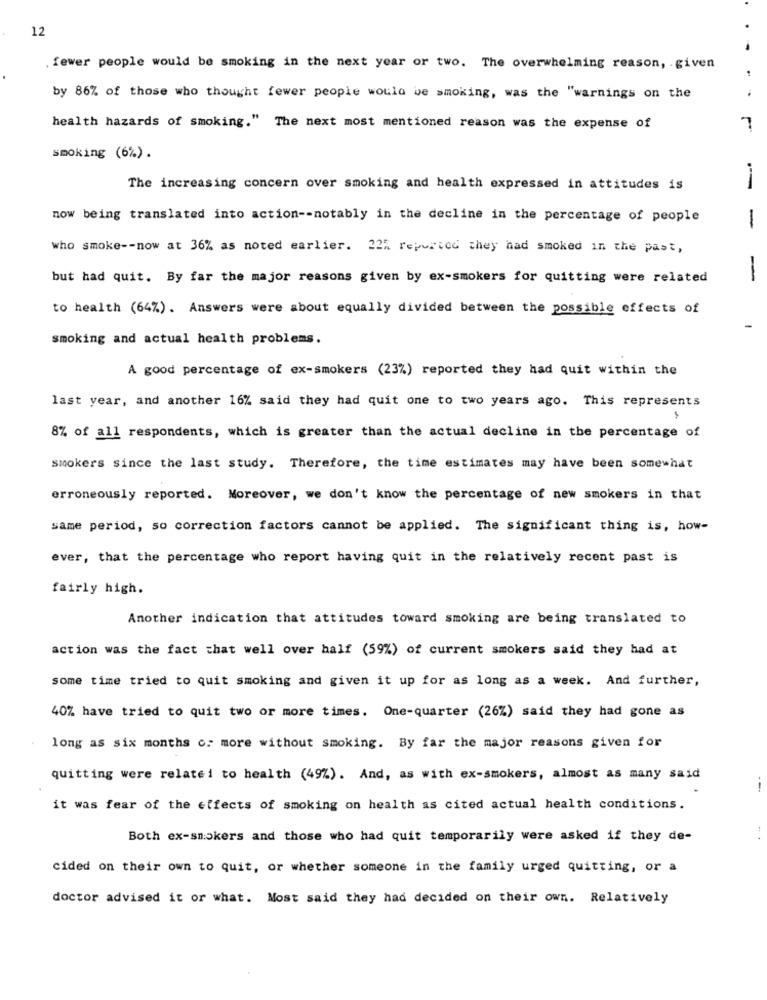
12
. fewer people would be smoking in the next year or two. The overwhelming reason, . given
by 86% of those who thought fewer people would be smoking, was the "warnings on the
health hazards of smoking." The next most mentioned reason was the expense of
7
smoking (6%).
The increasing concern over smoking and health expressed in attitudes is
now being translated into action -- notably in the decline in the percentage of people
-
who smoke -- now at 36% as noted earlier. 22% reported they had smoked in the past,
but had quit. By far the major reasons given by ex-smokers for quitting were related
-
to health (64%). Answers were about equally divided between the possible effects of
smoking and actual health problems.
A good percentage of ex-smokers (23%) reported they had quit within the
last year, and another 16% said they had quit one to two years ago. This represents
8% of all respondents, which is greater than the actual decline in the percentage of
smokers since the last study. Therefore, the time estimates may have been somewhat
erroneously reported. Moreover, we don't know the percentage of new smokers in that
same period, so correction factors cannot be applied. The significant thing is, how-
ever, that the percentage who report having quit in the relatively recent past is
fairly high.
Another indication that attitudes toward smoking are being translated to
action was the fact that well over half (59%) of current smokers said they had at
some time tried to quit smoking and given it up for as long as a week. And further,
40% have tried to quit two or more times. One-quarter (26%) said they had gone as
long as six months o. more without smoking. By far the major reasons given for
quitting were relatei to health (49%). And, as with ex-smokers, almost as many said
--
it was fear of the effects of smoking on health as cited actual health conditions.
Both ex-smokers and those who had quit temporarily were asked if they de-
cided on their own to quit, or whether someone in the family urged quitting, or a
doctor advised it or what. Most said they had decided on their own. Relatively